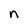
Character: n